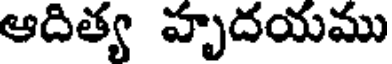
ఆదిత్య హృదయము